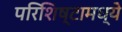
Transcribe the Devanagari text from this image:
परिशिष्टामध्ये